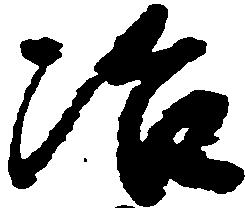
冶